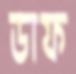
ডাফ